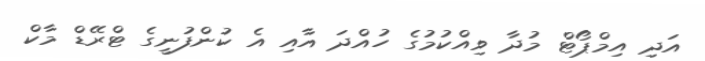
އަދި އިމްޕޯޓް މުދާ ވިއްކުމުގެ ހުއްދަ އާއި އެ ކުންފުނީގެ ޓްރޭޑް މާކް